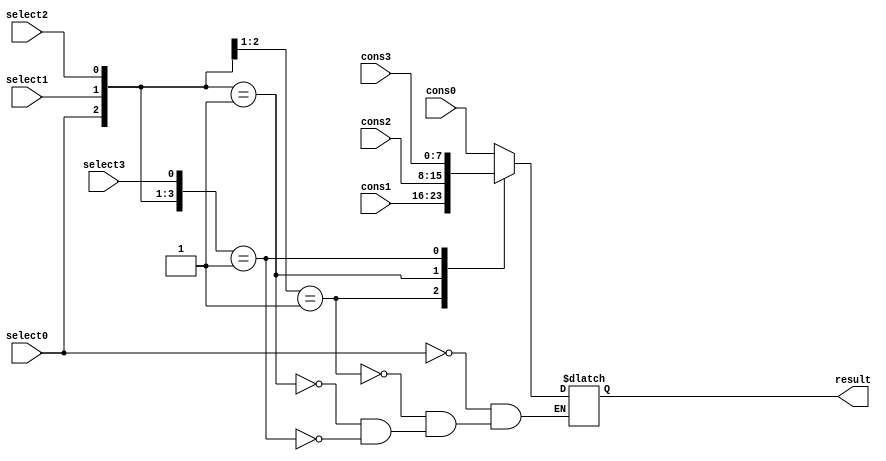
module MUX_EN_CONS_4_8bit(
	input [7:0] cons0,
	input [7:0] cons1,
	input [7:0] cons2,
	input [7:0] cons3,
	input select0,
	input select1,
	input select2,
	input select3,
	output [7:0] result
    );

always@(*)begin
	casez({select0,select1,select2,select3})
		4'b1???: result = cons0;
		4'b01??: result = cons1;
		4'b001?: result = cons2;
		4'b0001: result = cons3;
	endcase
end

endmodule